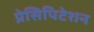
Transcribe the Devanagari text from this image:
प्रेसिपिटेशन